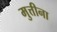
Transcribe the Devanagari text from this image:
मुत्तीना